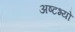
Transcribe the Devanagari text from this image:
अष्टभ्यो